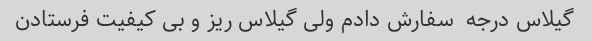
گیلاس درجه  سفارش دادم ولی گیلاس ریز و بی کیفیت فرستادن